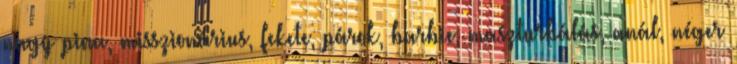
nagy pina, misszionárius, fekete, párok, barbie, maszturbálás, anál, néger